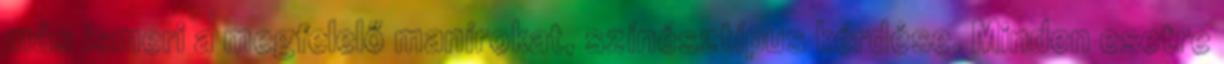
más ismeri a megfelelő manírokat, színésztípus kérdése. Minden esetre